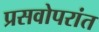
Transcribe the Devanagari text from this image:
प्रसवोपरांत